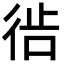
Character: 𫹔